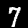
Digit: 7